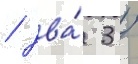
/ два́ 3 /